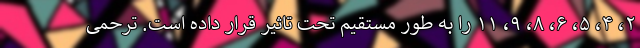
۲، ۴، ۵، ۶، ۸، ۹، ۱۱ را به طور مستقیم تحت تاثیر قرار داده است. ترحمی